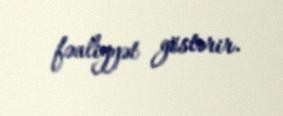
fəaliyyət göstərir.